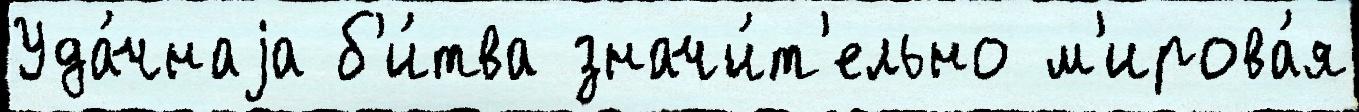
Уда́чнаjа б'и́тва значи́т'ельно м'ирова́я